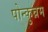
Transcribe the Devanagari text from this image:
पोन्कुन्नम